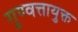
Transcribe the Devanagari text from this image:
गुण्वत्तायुक्त